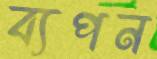
ব্যপন